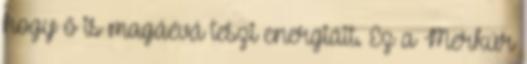
hogy ő is magáévá teszi energiáit. Ez a Merkúr